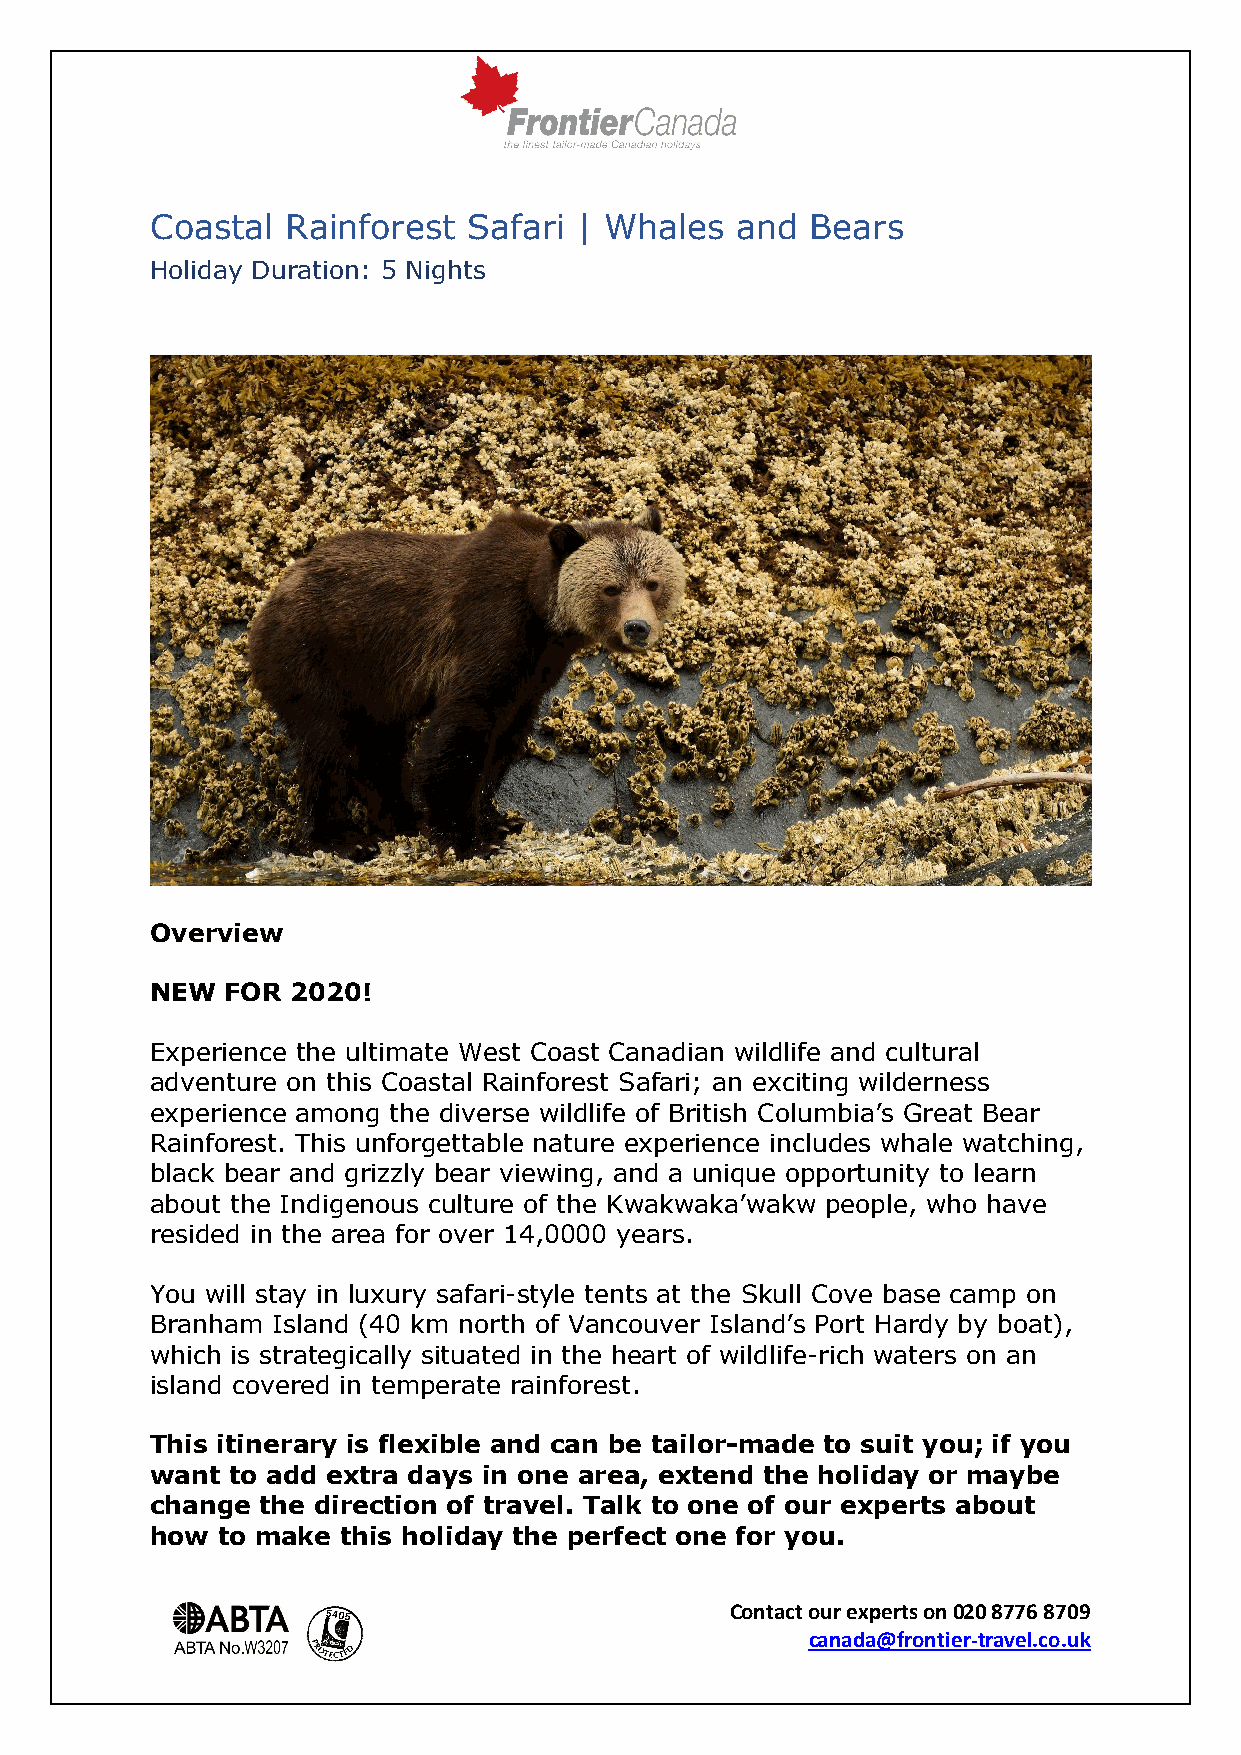
Coastal  Rainforest  Safari | Whales   and  Bears
 Holiday Duration: 5 Nights
 Overview
 NEW  FOR 2020!
 Experience the ultimate West Coast Canadian wildlife and cultural
 adventure on this Coastal Rainforest Safari; an exciting wilderness
 experience among the diverse wildlife of British Columbia’s Great Bear
 Rainforest. This unforgettable nature experience includes whale watching,
 black bear and grizzly bear viewing, and a unique opportunity to learn
 about the Indigenous culture of the Kwakwaka’wakw people, who have
 resided in the area for over 14,0000 years.
 You will stay in luxury safari-style tents at the Skull Cove base camp on
 Branham Island (40 km north of Vancouver Island’s Port Hardy by boat),
 which is strategically situated in the heart of wildlife-rich waters on an
 island covered in temperate rainforest.
 This itinerary is flexible and can be tailor-made to suit you; if you
 want to add extra days in one area, extend the holiday or maybe
 change the direction of travel. Talk to one of our experts about
 how to make  this holiday the perfect one for you.
 Contact our experts on 020 8776 8709
 canada@frontier-travel.co.uk